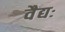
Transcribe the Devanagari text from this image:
वैद्यः